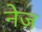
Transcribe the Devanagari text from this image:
नेज